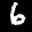
Label: 6